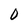
Character: O